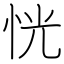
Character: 恍